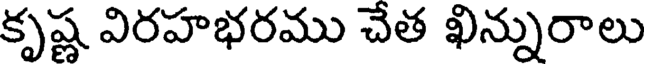
కృష్ణ విరహభరము చేత ఖిన్నురాలు